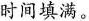
时间填满。